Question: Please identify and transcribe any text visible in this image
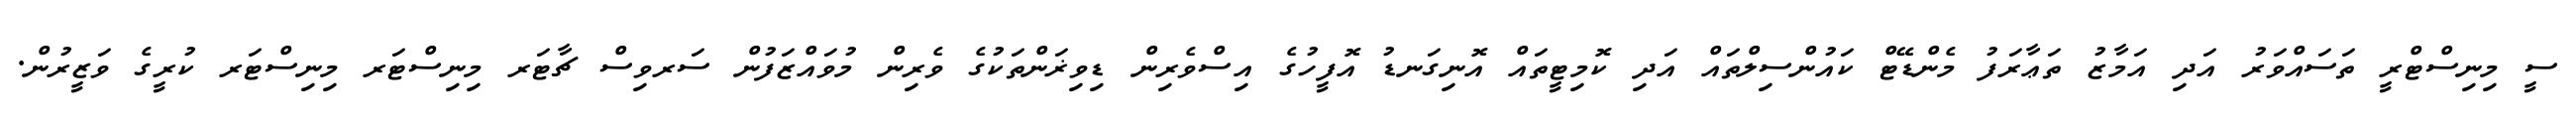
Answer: ސީ މިނިސްޓްރީ ތަސައްވަރު އަދި އަމާޒު ތަޢާރަފު މެންޑޭޓް ކައުންސިލްތައް އަދި ކޮމިޓީތައް އޮނިގަނޑު އޮފީހުގެ އިސްވެރިން ޑިވިޜަންތަކުގެ ވެރިން މުވައްޒަފުން ސަރވިސް ޗާޓަރ މިނިސްޓަރ މިނިސްޓަރ ކުރީގެ ވަޒީރުން.